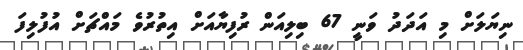
ނިޔަލަށް މި އަދަދު ވަނީ 67 ބިލިއަން ރުފިޔާއަށް އިތުރުވެ މައްޗަށް އުފުލިފަ